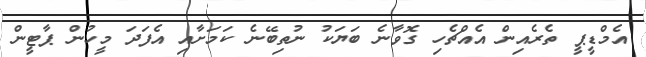
އެމްޑީޕީ ތެރެއިން އެއްޗެހި ގޮވާނެ ބަޔަކު ނުތިބޭނެ ކަމަށާއި އެފަދަ މީހުން ޕާޓީން